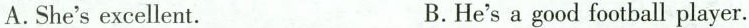
A .She's excellent. B. He's a good football player.